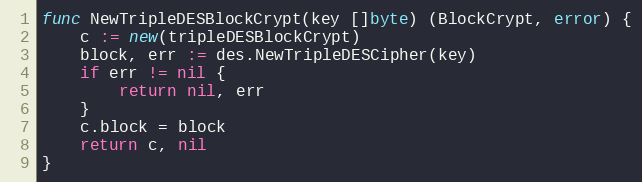
Language: Go
func NewTripleDESBlockCrypt(key []byte) (BlockCrypt, error) {
	c := new(tripleDESBlockCrypt)
	block, err := des.NewTripleDESCipher(key)
	if err != nil {
		return nil, err
	}
	c.block = block
	return c, nil
}